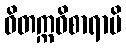
ဝိတက္ကဝိစာရာပိ